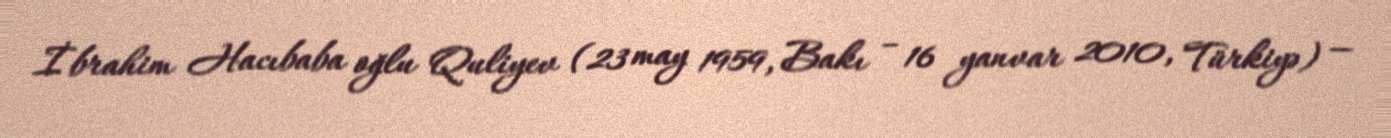
İbrahim Hacıbaba oğlu Quliyev (23 may 1959, Bakı – 16 yanvar 2010, Türkiyə) —